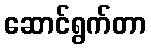
ဆောင်ရွက်တာ